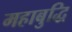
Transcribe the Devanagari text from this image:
महाबुद्धि